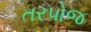
તરપોજ